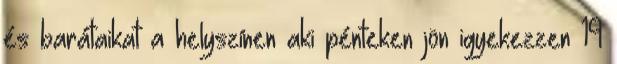
és barátaikat a helyszínen aki pénteken jön igyekezzen 19